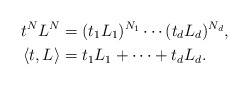
\begin{align*}t^NL^N&=(t_1L_1)^{N_1}\cdots (t_d L_d)^{N_d},\\\langle t ,L\rangle&=t_1L_1+\cdots+t_dL_d.\end{align*}